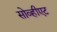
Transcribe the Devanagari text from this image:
सोव्हीएट